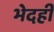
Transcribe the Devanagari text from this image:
भेदही